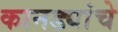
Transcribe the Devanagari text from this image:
कानड्यांचे